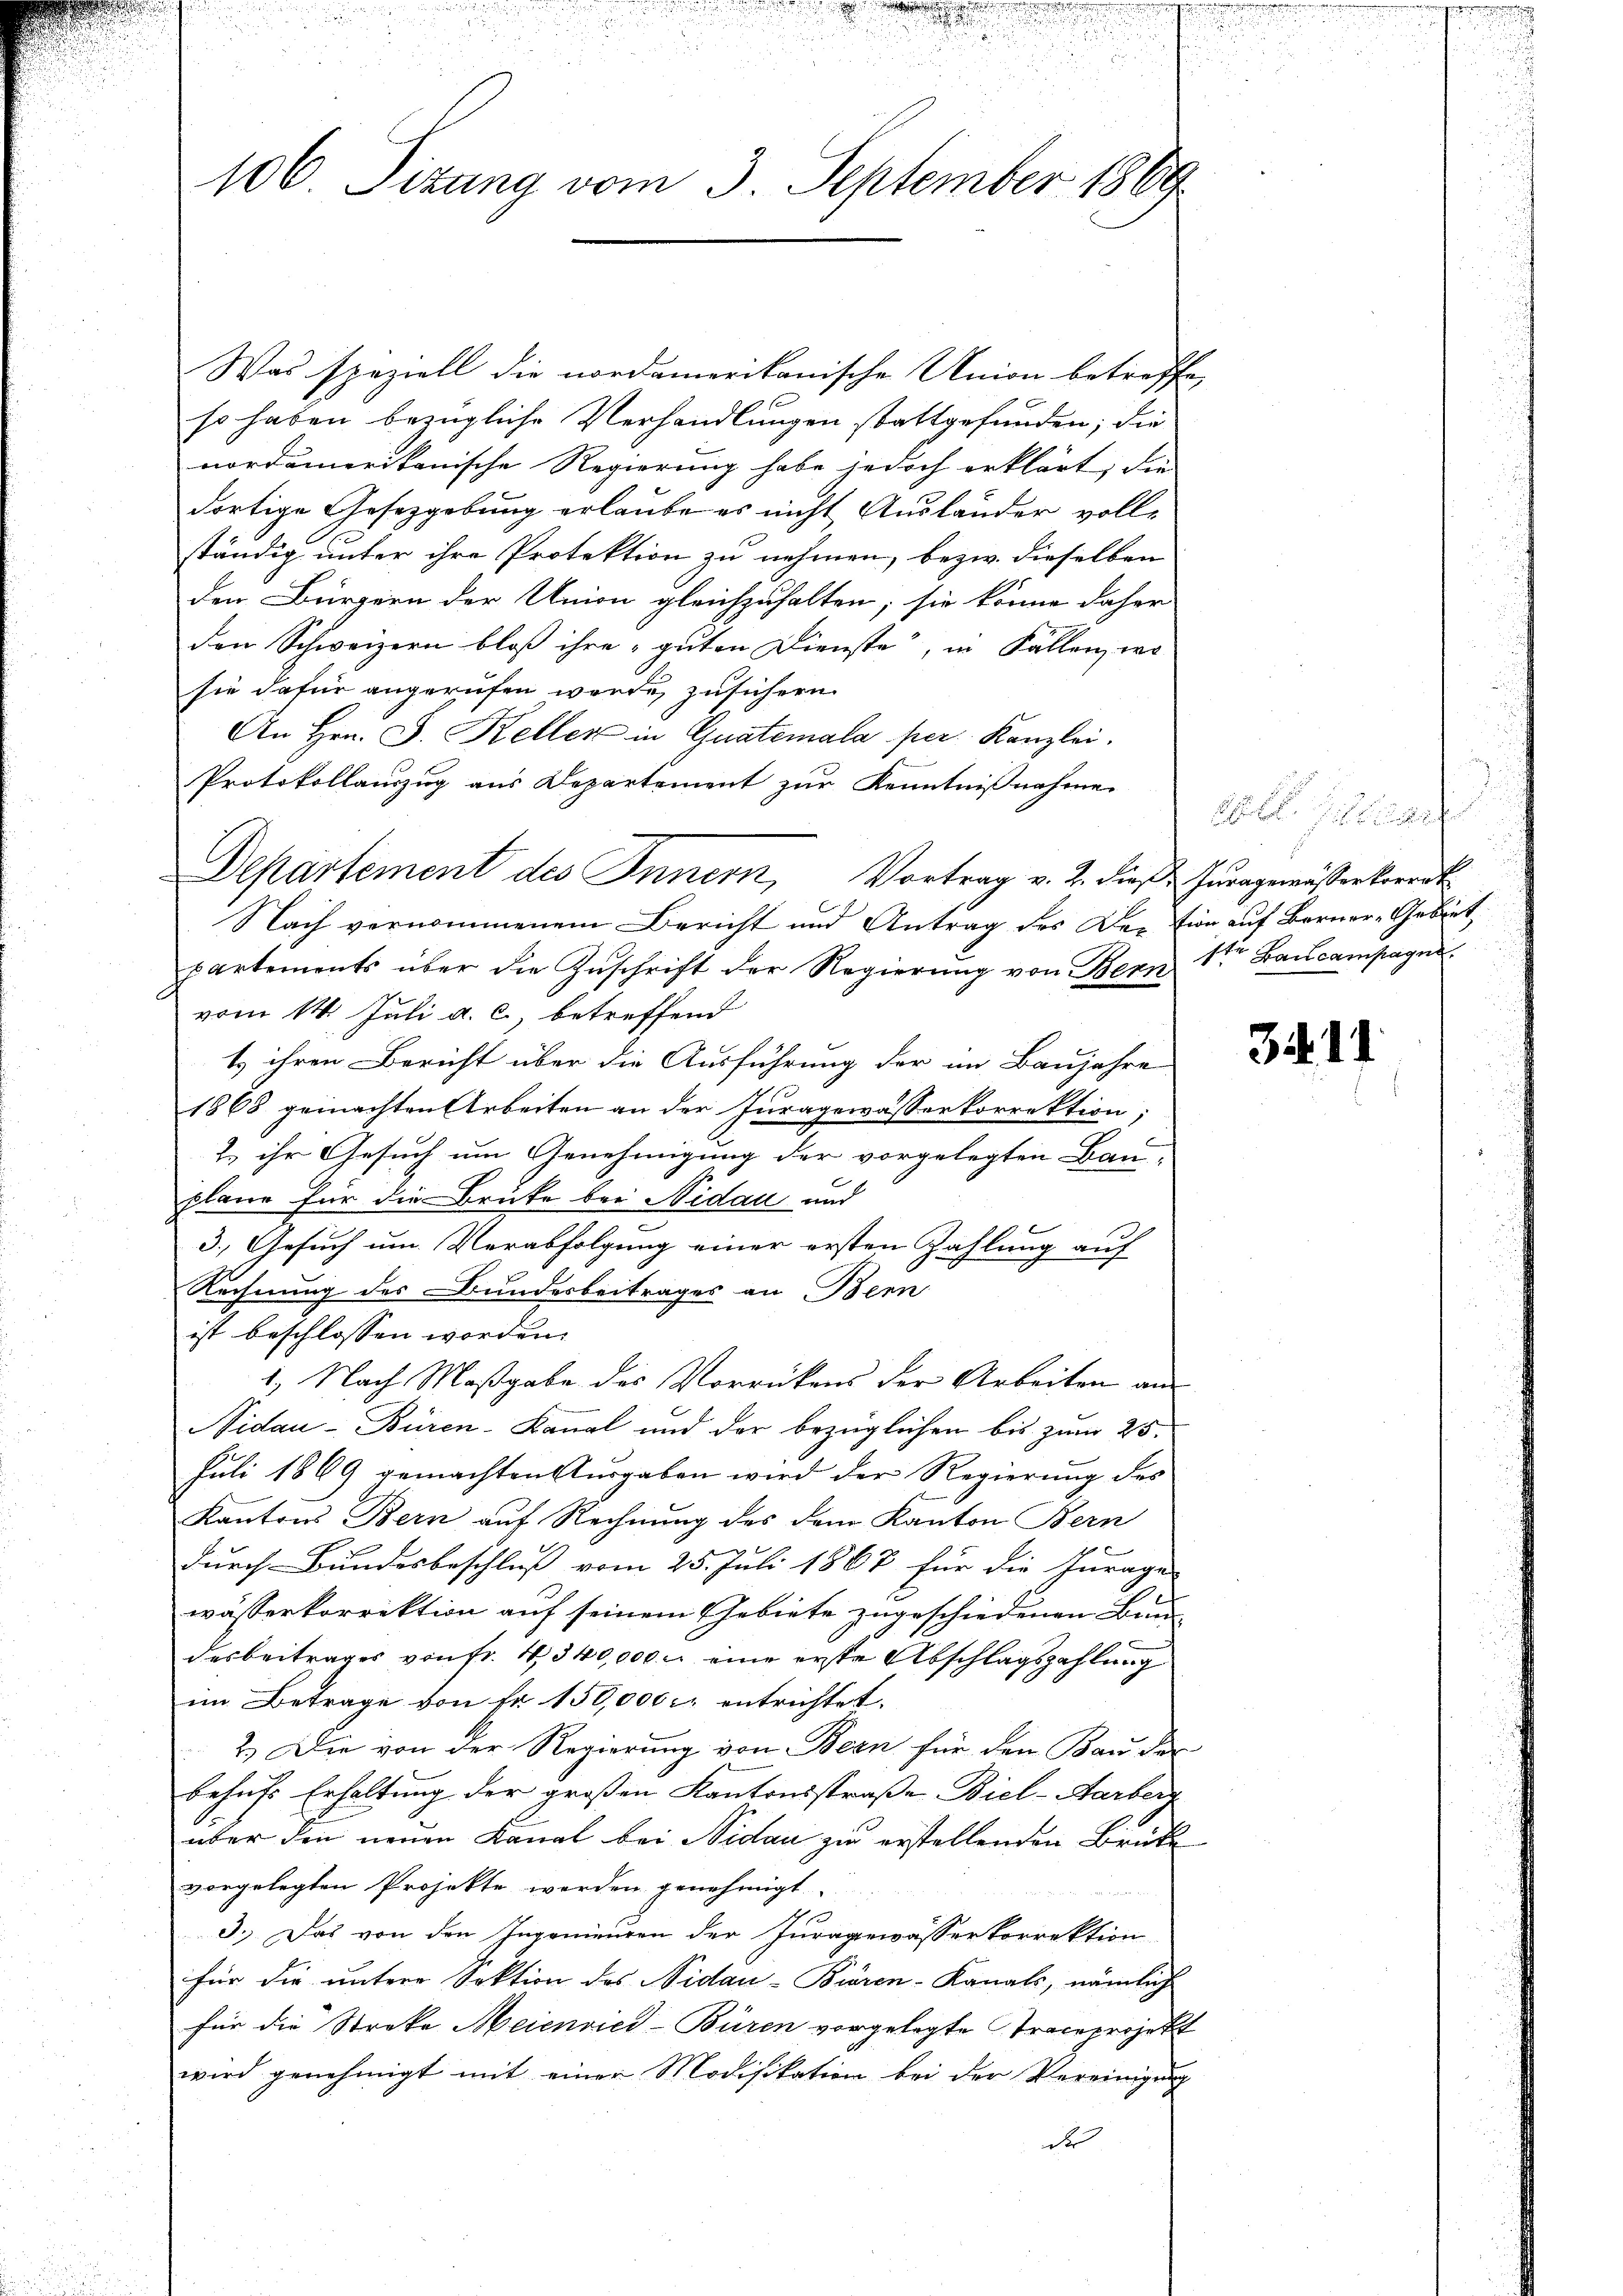
106. Sitzung vom 3. September 1869

Was speziell die nordamerikanische Union betreffe,
f
so haben bezügliche Verhandlungen stattgefunden; die
nordamerikanische Regierung habe jedoch erklärt; die
dortige Gesetzgebung erlaube es nicht Ausländer volle
ständig unter ihre Protektion zu nehmen, bezw. dieselben
den Bürgern der Union gleichzuhalten; sie könne daher
den Schweizern bloß ihre guten Dienste, in Fällen, wo
sie dafür angerufen werde, zusichern.
An Hrn. J. Keller in Guatemala per Kanzlei,
Protokollauszug aus Departement zur Kenntnißnahme
Nach vernommenem Bericht und Antrag des Dection auf Berner-Gebiet
partements über die Zuschrift der Regierŭng von Bern 1ter Baucampagn
vom 14. Juli a. c., betreffend
t ihren Bericht über die Ausführung der im Baujahre
1868 gemachten Arbeiten an der Juragewässerkorrektion;
2 ihr Gesuch um Genehmigung der vorgelegten Bau-
plane für die Brüke bei Nidau und
3.) Gesuch um Verabfolgung einer ersten Zahlung auf
Rechnung des Bundesbeitrages an Bern
ist beschlossen worden.
1) Nach Maßgabe des Vorrückens der Arbeiten an
Nidau-Büren-Kanal und der bezüglichen bis zum 25.
Juli 1869 gemachten Ausgaben wird der Regierung des
Kantons Bern auf Rechnung des dem Kanton Bern
durch Bundesbeschluß vom 25. Juli 1868 für die Jurage
wässerkorrektion auf seinem Gebiete zugeschiedenen Bau
desbeitrages von fr. 4, 340,000 M eine erste Abschlagszahlung
im Betrage von Fr. 150,000 entrichtet.
2.) Die von der Regierung von Bern für den Bau der
behufs Erhaltung der großen Kantonsstraße Biel-Harberg
über den neuen Kanal bei Nidau zu erstellenden Brüke
vorgelegten Projekte werden genehmigt.
3.) Das von den Ingenieuren der Juragewässerkorrektion
für die untere Sektion des Nidau-Büren-Kanals, nämlich
für die Streke Meienried-Büren vorgelegte Traceprojekt
wird genehmigt mit einer Modifikation bei der Vereinigung
de

Departement des Innern, Vortrag v. 2. dieβ. Jŭragewässerkorrek

3411